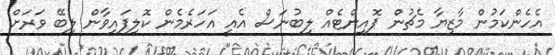
އެހެންކަމުން މާޒިޔާ މެޗުން ޕޮއިންޓެއް ލިބުނަސް އެއީ އަހަރެމެން ކޮލިފައިވާން ލިބޭ ވަރަށް